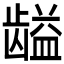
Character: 𱌽